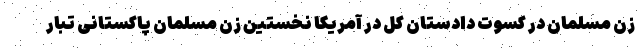
زن مسلمان در کسوت دادستان کل در آمریکا نخستین زن مسلمان پاکستانی تبار